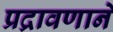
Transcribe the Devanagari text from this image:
प्रद्रावणाने